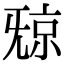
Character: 𣄴